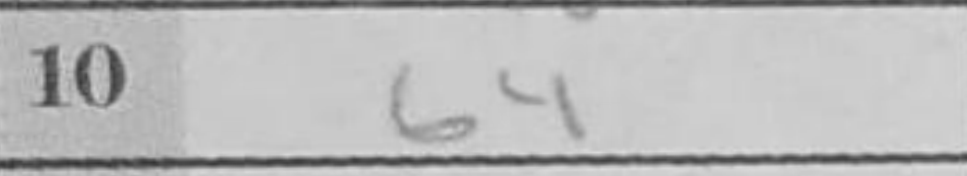
Transcription: b4